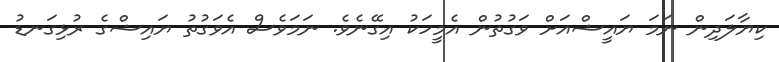
ކިޔާލަދިން ނަމަ ޔައީޝްއަށް ވަގުތުން އެމީހަކު އިގޭނެވެ. ނަމަވެސް އެވަގުތު ޔައިޝްގެ ރުޅިގަނޑު